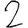
Digit: 2